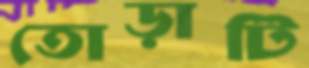
তোড়াটি